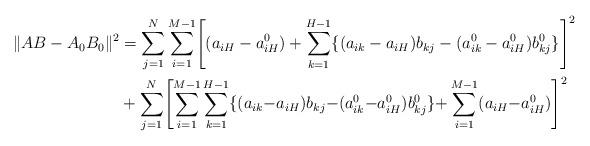
LaTeX: \begin{align*}\lVert AB-A_0B_0 \rVert^2 &= \sum_{j=1}^N \sum_{i=1}^{M-1} \Biggl[(a_{iH} - a^0_{iH})+\sum_{k=1}^{H-1} \{(a_{ik}-a_{iH})b_{kj} - (a^0_{ik}-a^0_{iH}) b^0_{kj}\} \Biggr]^2 \\&+ \sum_{j=1}^N \Biggl[\sum_{i=1}^{M-1} \sum_{k=1}^{H-1} \{(a_{ik}{-}a_{iH})b_{kj} {-} (a^0_{ik}{-}a^0_{iH})b^0_{kj}\}{+}\sum_{i=1}^{M-1}(a_{iH}{-}a^0_{iH}) \Biggr]^2\end{align*}